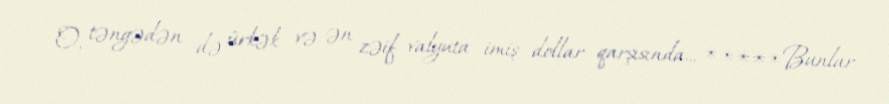
O, təngədən də ürkək və ən zəif valyuta imiş dollar qarşısında... *****Bunlar